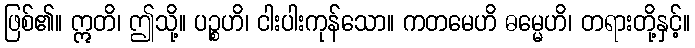
ဖြစ်၏။ ဣတိ၊ ဤသို့။ ပဉ္စဟိ၊ ငါးပါးကုန်သော။ ကတမေဟိ ဓမ္မေဟိ၊ တရားတို့နှင့်။